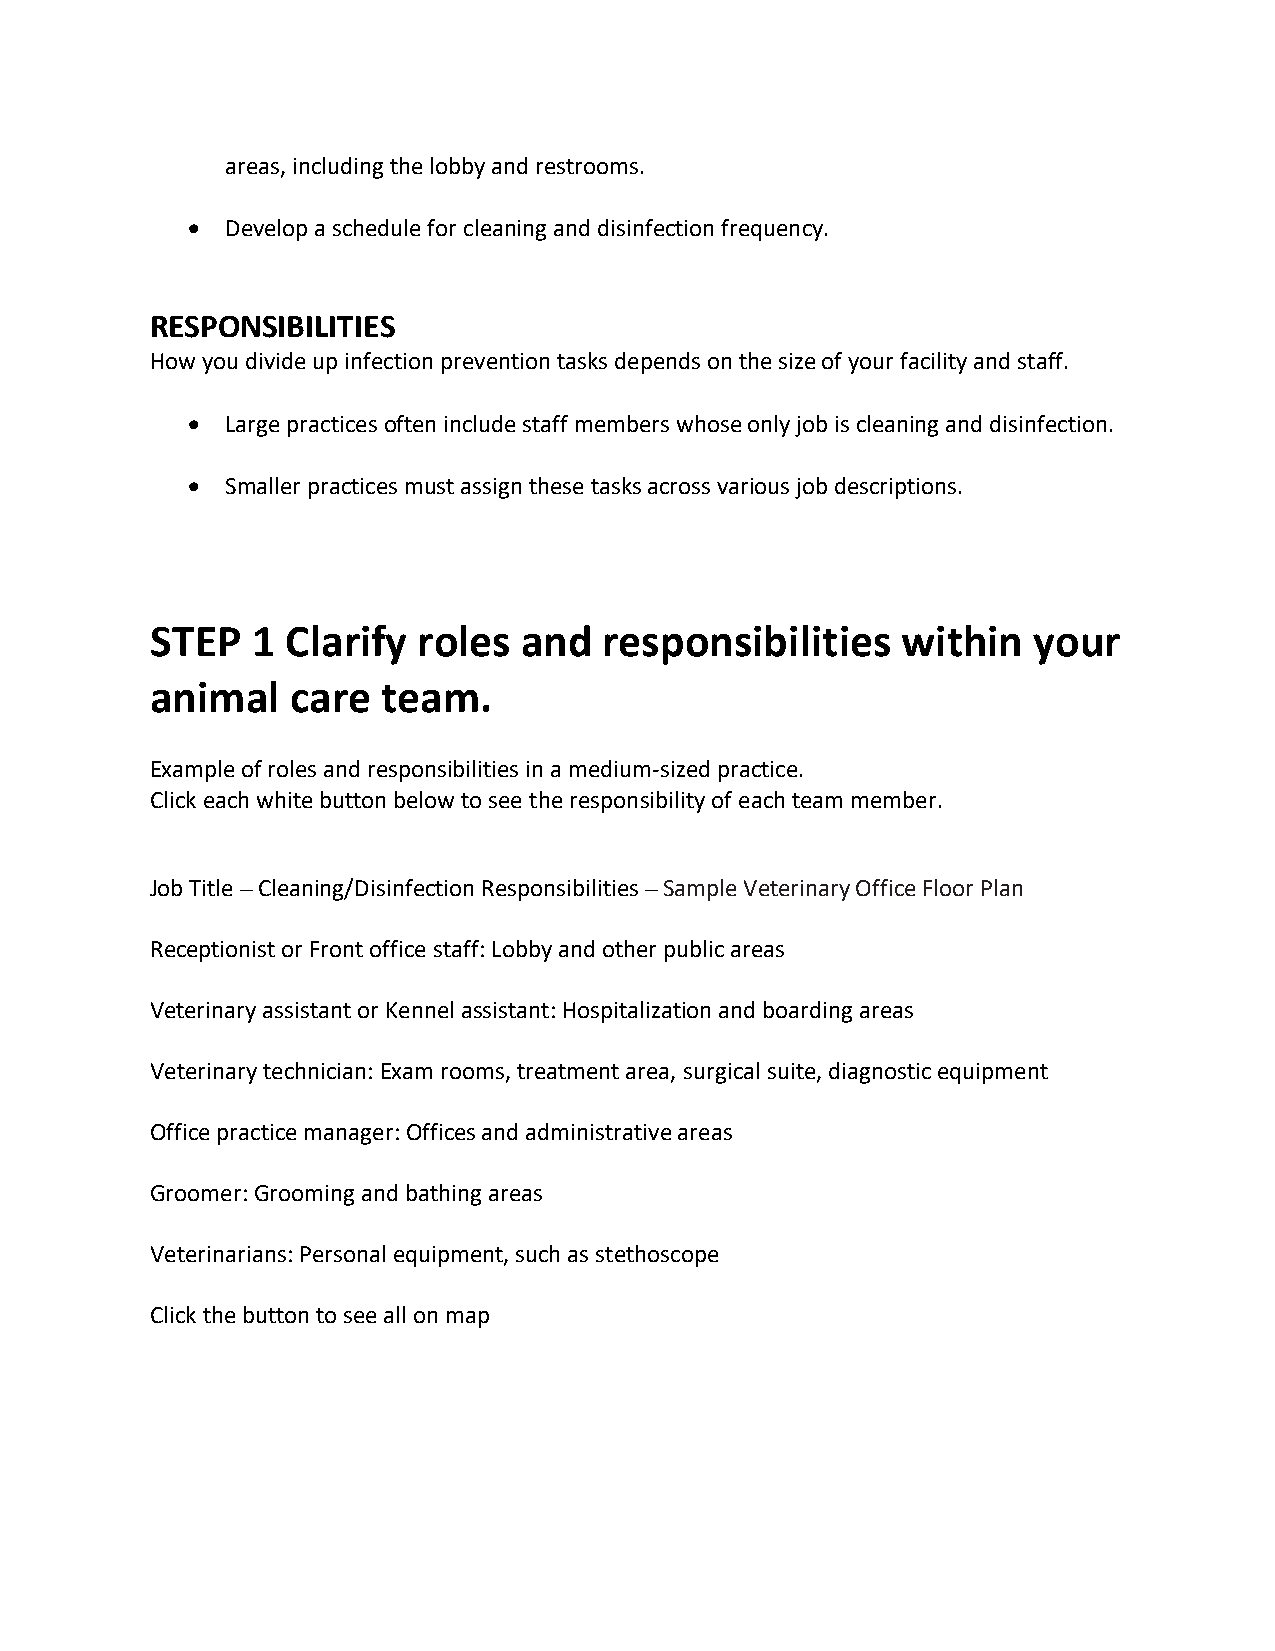
areas, including the lobby and restrooms.
 •  Develop a schedule for cleaning and disinfection frequency.
 RESPONSIBILITIES
 How you divide up infection prevention tasks depends on the size of your facility and staff.
 •  Large practices often include staff members whose only job is cleaning and disinfection.
 •  Smaller practices must assign these tasks across various job descriptions.
 STEP   1 Clarify  roles and   responsibilities    within  your
 animal   care  team.
 Example of roles and responsibilities in a medium-sized practice.
 Click each white button below to see the responsibility of each team member.
 Job Title – Cleaning/Disinfection Responsibilities – Sample Veterinary Office Floor Plan
 Receptionist or Front office staff: Lobby and other public areas
 Veterinary assistant or Kennel assistant: Hospitalization and boarding areas
 Veterinary technician: Exam rooms, treatment area, surgical suite, diagnostic equipment
 Office practice manager: Offices and administrative areas
 Groomer: Grooming and bathing areas
 Veterinarians: Personal equipment, such as stethoscope
 Click the button to see all on map